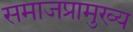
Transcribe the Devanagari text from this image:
समाजप्रामुख्य